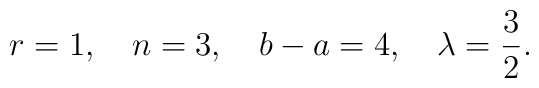
r=1, \quad n=3, \quad b-a=4, \quad \lambda = \frac{3}{2}.